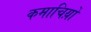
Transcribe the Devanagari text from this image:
कमाचिय़ों